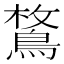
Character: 𪂜